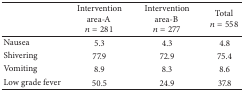
<table><thead><tr><td><b> </b></td><td><b>Intervention area-A <i>n</i> = 281</b></td><td><b>Intervention area-B <i>n</i> = 277</b></td><td><b>Total <i>n</i> = 558</b></td></tr></thead><tbody><tr><td>Nausea</td><td>5.3</td><td>4.3</td><td>4.8</td></tr><tr><td>Shivering</td><td>77.9</td><td>72.9</td><td>75.4</td></tr><tr><td>Vomiting</td><td>8.9</td><td>8.3</td><td>8.6</td></tr><tr><td>Low grade fever</td><td>50.5</td><td>24.9</td><td>37.8</td></tr></tbody></table>